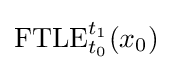
\mathrm {FTLE} _{t_{0}}^{t_{1}}(x_{0})